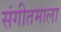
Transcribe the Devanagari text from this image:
संगीतमाला